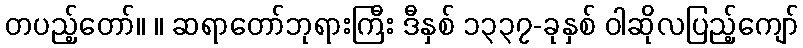
တပည့်တော်။ ။ ဆရာတော်ဘုရားကြီး ဒီနှစ် ၁၃၃၇-ခုနှစ် ဝါဆိုလပြည့်ကျော်